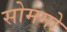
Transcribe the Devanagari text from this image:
सोमगो